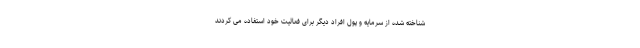
شناخته شده از سرمایه و پول افراد دیگر برای فعالیت خود استفاده می کردند